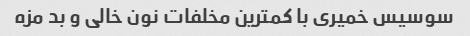
سوسیس خمیری با کمترین مخلفات نون خالی و بد مزه